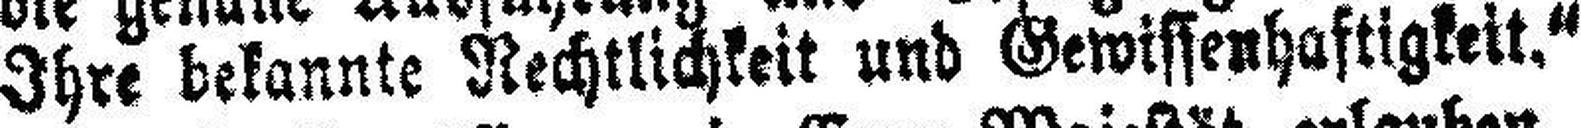
Ihre bekannte Rechtlichkeit und Gewissenhaftigkeit.“